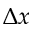
\Delta x